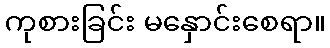
ကုစားခြင်း မနှောင်းစေရာ။